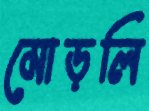
মোড়লি